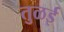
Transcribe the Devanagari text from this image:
तुळई